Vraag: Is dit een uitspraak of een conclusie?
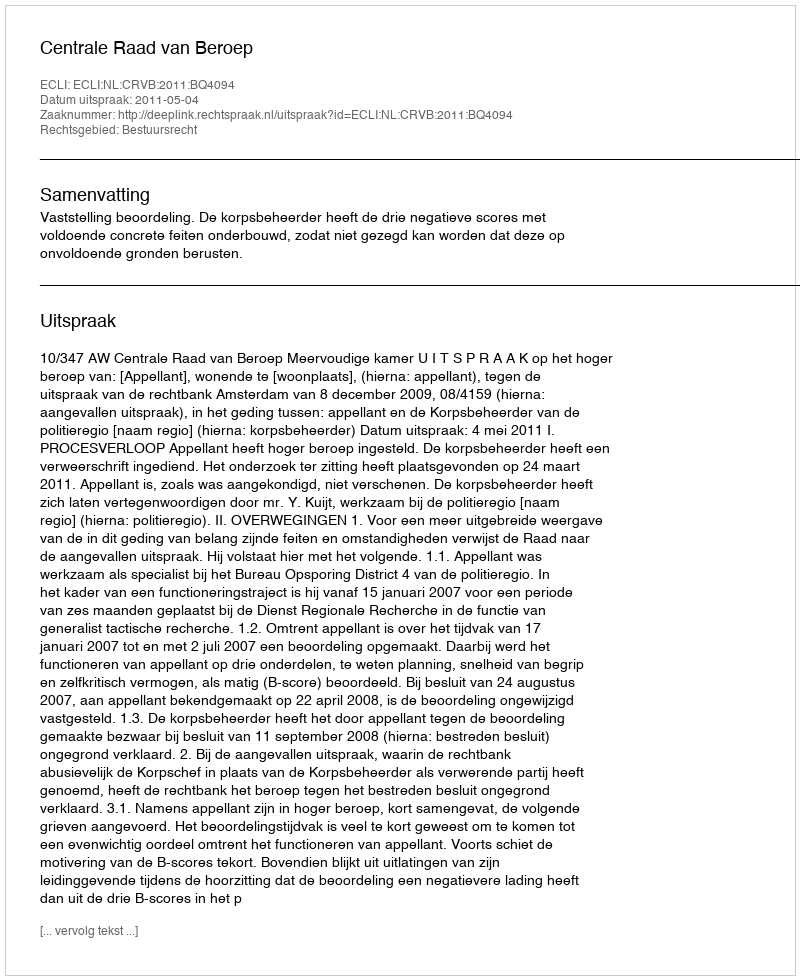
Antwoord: Uitspraak